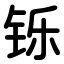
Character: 铄